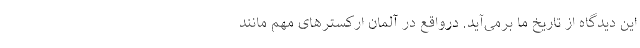
این دیدگاه از تاریخ ما برمی‌آید. درواقع در آلمان ارکسترهای مهم مانند